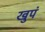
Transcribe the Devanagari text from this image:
खुपं